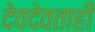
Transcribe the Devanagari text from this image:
देवदेवताही